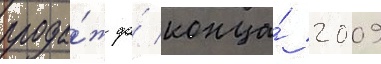
прода́ж до́ конца́ 2009